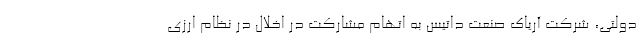
دولتی، شرکت آریاک صنعت داتیس به اتهام مشارکت در اخلال در نظام ارزی